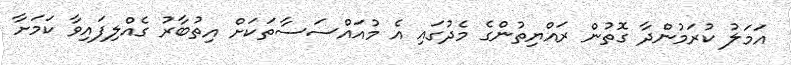
އަމަލު ކުރަމުންދާ ގޮތުން ރައްޔިތުންގެ މެދުގައި އެ މުއައްސަސާތަކަށް އިތުބާރު ގެއްލިފައިވާ ކަމަށާ